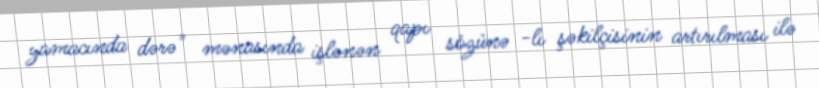
yamacında dərə" mənasında işlənən qapı sözünə -lı şəkilçisinin artırılması ilə